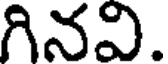
గినవి.